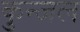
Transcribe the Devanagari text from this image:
कुन्जल